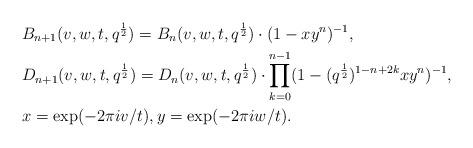
LaTeX: \begin{align*}& B_{n+1}(v,w,t,q^{\frac{1}{2}})=B_{n}(v,w,t,q^{\frac{1}{2}})\cdot (1-x y^{n} )^{-1},\\ & D_{n+1}(v,w,t,q^{\frac{1}{2}})=D_{n}(v,w,t,q^{\frac{1}{2}}) \cdot \prod_{k=0}^{n-1} (1-(q^{\frac{1}{2}})^{1-n+2k}x y^{n})^{-1}, \\& x=\exp(-2\pi iv/ t), y=\exp(- 2\pi i w/t). \end{align*}